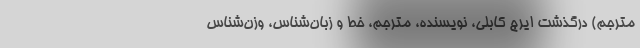
مترجم) درگذشت ایرج کابلی، نویسنده، مترجم، خط و زبان‌شناس، وزن‌شناس